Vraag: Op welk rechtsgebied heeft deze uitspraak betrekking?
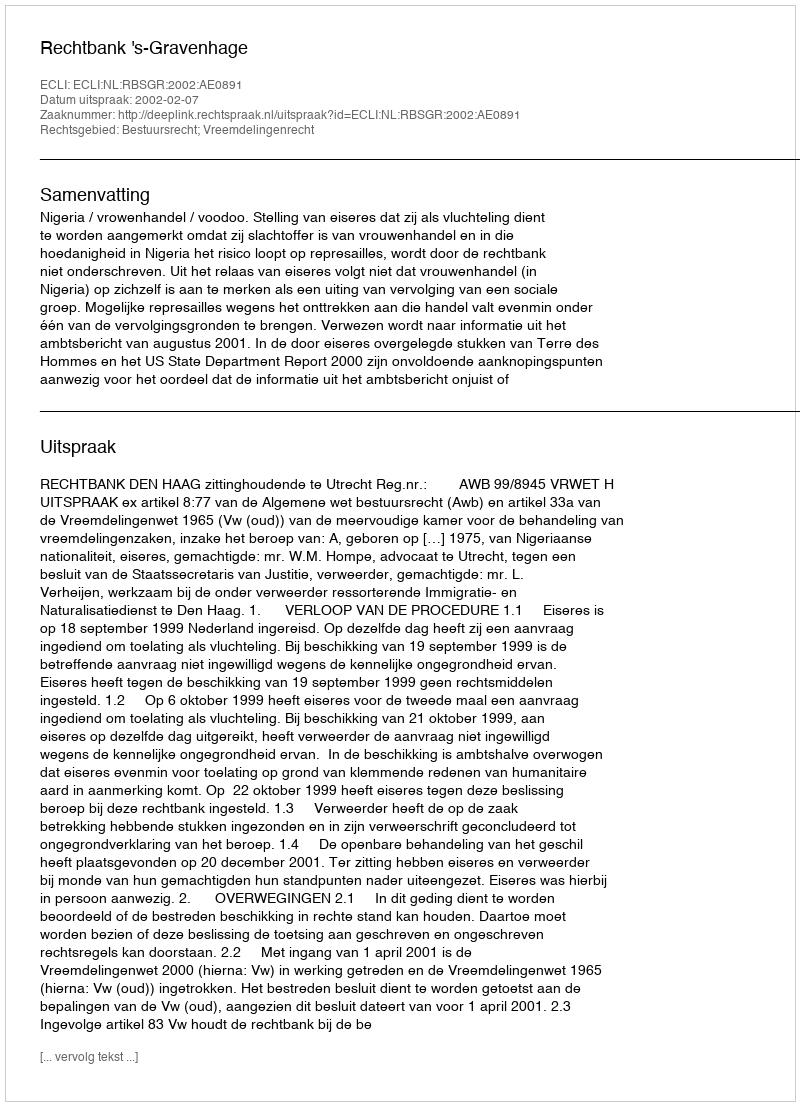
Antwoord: Bestuursrecht; Vreemdelingenrecht